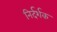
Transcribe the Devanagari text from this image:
निर्दर्शक